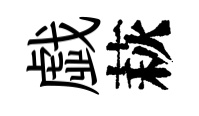
戯萩